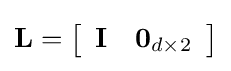
\mathbf {L} =\left[{\begin{array}{ll}\mathbf {I} &\mathbf {0} _{d\times 2}\end{array}}\right]